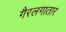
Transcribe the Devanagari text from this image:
गैरलगातार